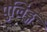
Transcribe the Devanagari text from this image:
पुलिङ्ग